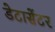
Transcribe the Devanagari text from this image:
डेटासेंटर